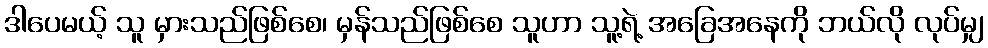
ဒါပေမယ့် သူ မှားသည်ဖြစ်စေ၊ မှန်သည်ဖြစ်စေ သူဟာ သူ့ရဲ့ အခြေအနေကို ဘယ်လို လုပ်မျှ